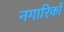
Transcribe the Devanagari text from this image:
नगारिकों